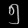
Digit: ၅